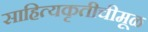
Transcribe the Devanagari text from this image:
साहित्यकृतीचीमूळ